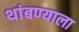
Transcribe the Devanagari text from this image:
थांबण्याला